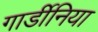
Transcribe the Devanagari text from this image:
गार्डीनिया